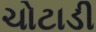
ચોટાડી